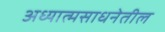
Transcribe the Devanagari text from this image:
अध्यात्मसाधनेतील